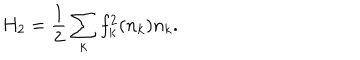
LaTeX: H _ { 2 } = \frac { 1 } { 2 } \sum _ { k } f _ { k } ^ { 2 } ( n _ { k } ) n _ { k } .